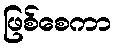
ဖြစ်စေကာ